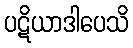
ပဋိယာဒါပေသိ